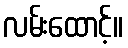
လမ်းထောင့်။